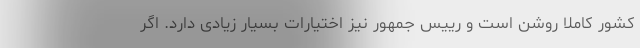
کشور کاملا روشن است و رییس جمهور نیز اختیارات بسیار زیادی دارد. اگر